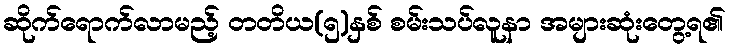
ဆိုက်ရောက်လာမည့် တတိယ(၅)နှစ် စမ်းသပ်လူနာ အများဆုံးတွေ့ရ၏